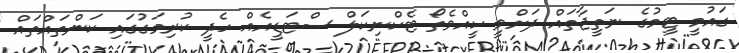
ގައުމީ ޓީމުގެ ނަތީޖާތައް ދަށްވީ ކީއްވެތޯ ޓެކްނިކަލް ސްޓަޑީއެއް ހެދީ ކުރިމަގުގައި ކަންތައްތައް